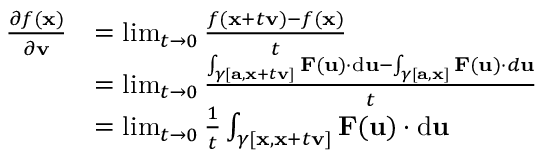
{ \begin{array} { r l } { { \frac { \partial f ( \mathbf { x } ) } { \partial \mathbf { v } } } } & { = \operatorname* { l i m } _ { t \to 0 } { \frac { f ( \mathbf { x } + t \mathbf { v } ) - f ( \mathbf { x } ) } { t } } } \\ & { = \operatorname* { l i m } _ { t \to 0 } { \frac { \int _ { \gamma [ \mathbf { a } , \mathbf { x } + t \mathbf { v } ] } \mathbf { F } ( \mathbf { u } ) \cdot \mathrm { d } \mathbf { u } - \int _ { \gamma [ \mathbf { a } , \mathbf { x } ] } \mathbf { F } ( \mathbf { u } ) \cdot d \mathbf { u } } { t } } } \\ & { = \operatorname* { l i m } _ { t \to 0 } { \frac { 1 } { t } } \int _ { \gamma [ \mathbf { x } , \mathbf { x } + t \mathbf { v } ] } \mathbf { F } ( \mathbf { u } ) \cdot \mathrm { d } \mathbf { u } } \end{array} }